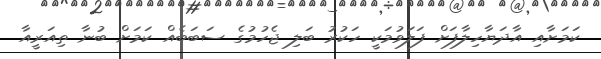
ކަމަށާއި އާދަޔާހިލާފަށް ފަލަވުމަކީ ހަކުރު ބަލި ޖެހުމުގެ ސަބަބެއް ކަމަށް ބުނާ ތިއަރީއާ